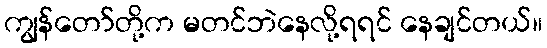
ကျွန်တော်တို့က မတင်ဘဲနေလို့ရရင် နေချင်တယ်။